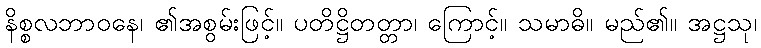
နိစ္စလဘာဝနေ၊ ၏အစွမ်းဖြင့်။ ပတိဋ္ဌိတတ္တာ၊ ကြောင့်။ သမာဓိ။ မည်၏။ အဋ္ဌသု၊